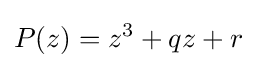
P(z)=z^{3}+qz+r